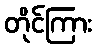
တိုင်ကြား